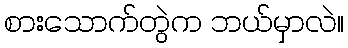
စားသောက်တွဲက ဘယ်မှာလဲ။